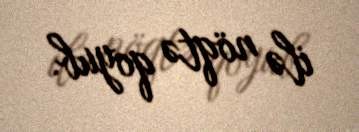
ilə nöqtə qoyub.